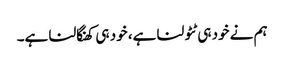
ہم نے خود ہی ٹٹولنا ہے، خود ہی کھنگالنا ہے۔